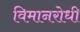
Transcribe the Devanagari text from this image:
विमानरोधी